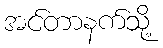
အင်တာနက်သို့